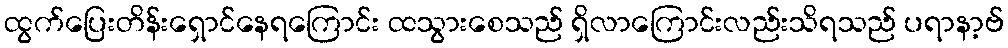
ထွက်ပြေးတိန်းရှောင်နေရကြောင်း ထသွားစေသည် ရှိလာကြောင်းလည်းသိရသည် ပရာနာ့ဗ်